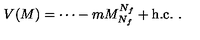
V ( M ) = { \cdots } - m M _ { N _ { f } } ^ { N _ { f } } + \mathrm { h . c . } \ .